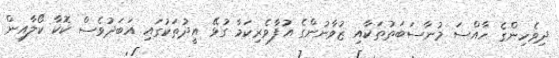
ދިވެހިންގެ ހާއްސަ މުނާސަބަތުތަކާއި ޒުވާނުންގެ އުފާވެރިކަމާ ގުޅޭ އީދުތަކުގައި އަބަދުވެސް ކޮކާ ކޯލާއިން